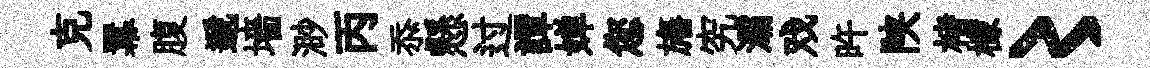
克羃腹遞墻渺丙忝懸过譚婵您旛究灞戏旿陕楮檬〻